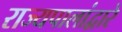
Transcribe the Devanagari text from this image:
राज्यपालांद्वारे